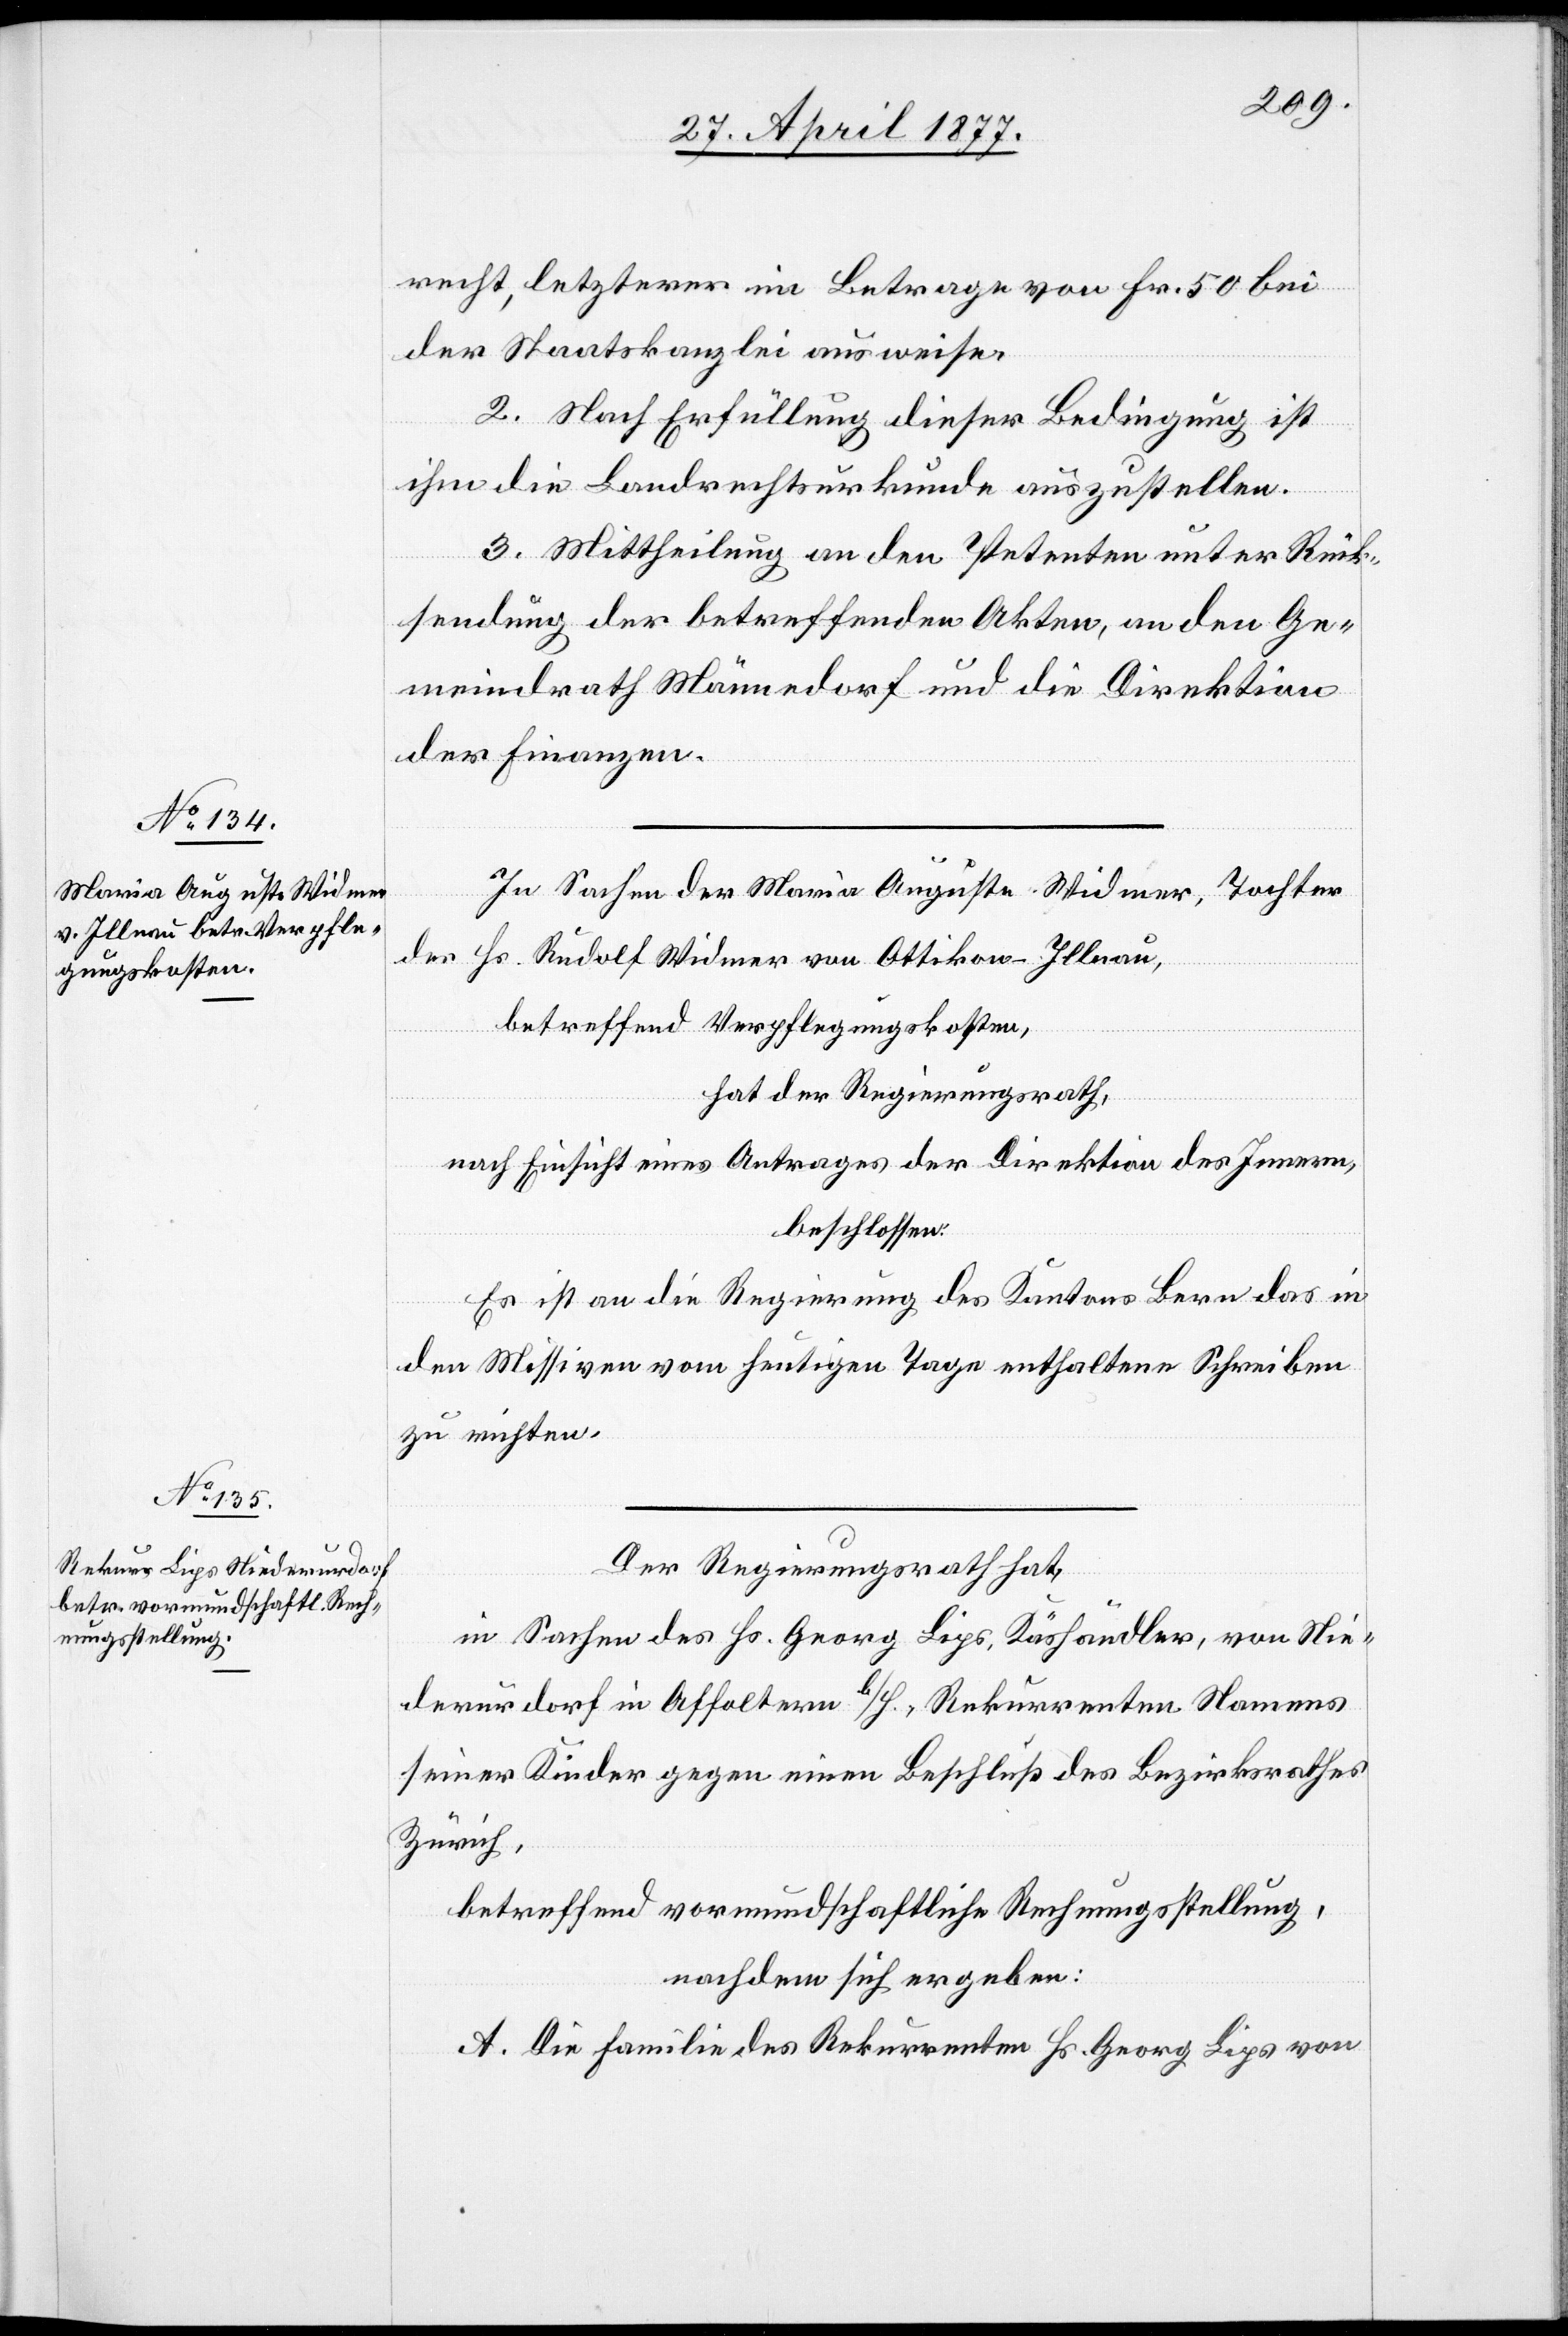
recht, letzterer im Betrage von Fr. 50 bei
der Staatskanzlei ausweise.
2. Nach Erfüllung dieser Bedingung ist
ihm die Landrechtsurkunde auszustellen.
3. Mittheilung an den Petenten unter Rück¬
sendung der betreffenden Akten, an den Ge¬
meindrath Männedorf und die Direktion
der Finanzen.
In Sachen der Maria Auguste Widmer, Tochter
des Hs. Rudolf Widmer von Ottikon - Illnau,
betreffend Verpflegungskosten,
hat der Regierungsrath,
nach Einsicht eines Antrages der Direktion des Innern,
beschlossen:
Es ist an die Regierung des Kantons Bern das in
den Missiven vom heutigen Tage enthaltene Schreiben
zu richten.
Der Regierungsrath hat,
in Sachen des Hs. Georg Lips, Käshändler, von Nie¬
derurdorf in Affoltern b/H., Rekurrenten Namens
seiner Kinder gegen einen Beschluß des Bezirksrathes
Zürich,
betreffend vormundschaftliche Rechnungsstellung,
nachdem sich ergeben:
A. Die Familie des Rekurrenten Hs. Georg Lips von